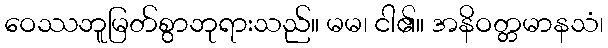
ဝေဿဘူမြတ်စွာဘုရားသည်။ မမ၊ ငါ၏။ အနိဝတ္တမာနသံ၊